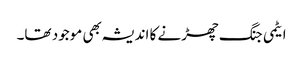
ایٹمی جنگ چھڑنے کا اندیشہ بھی موجود تھا۔